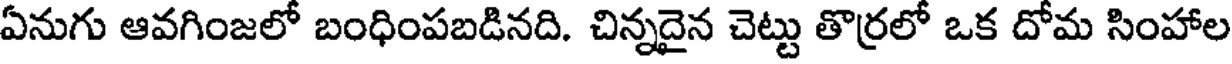
ఏనుగు ఆవగింజలో బంధింపబడినది. చిన్నదైన చెట్టు తొర్రలో ఒక దోమ సింహాల